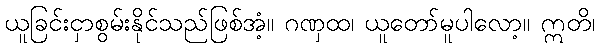
ယူခြင်းငှာစွမ်းနိုင်သည်ဖြစ်အံ့။ ဂဏှထ၊ ယူတော်မူပါလော့။ ဣတိ၊